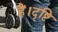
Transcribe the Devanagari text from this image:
हैं।दृष्टि